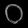
Digit: ၀